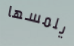
يلمسها